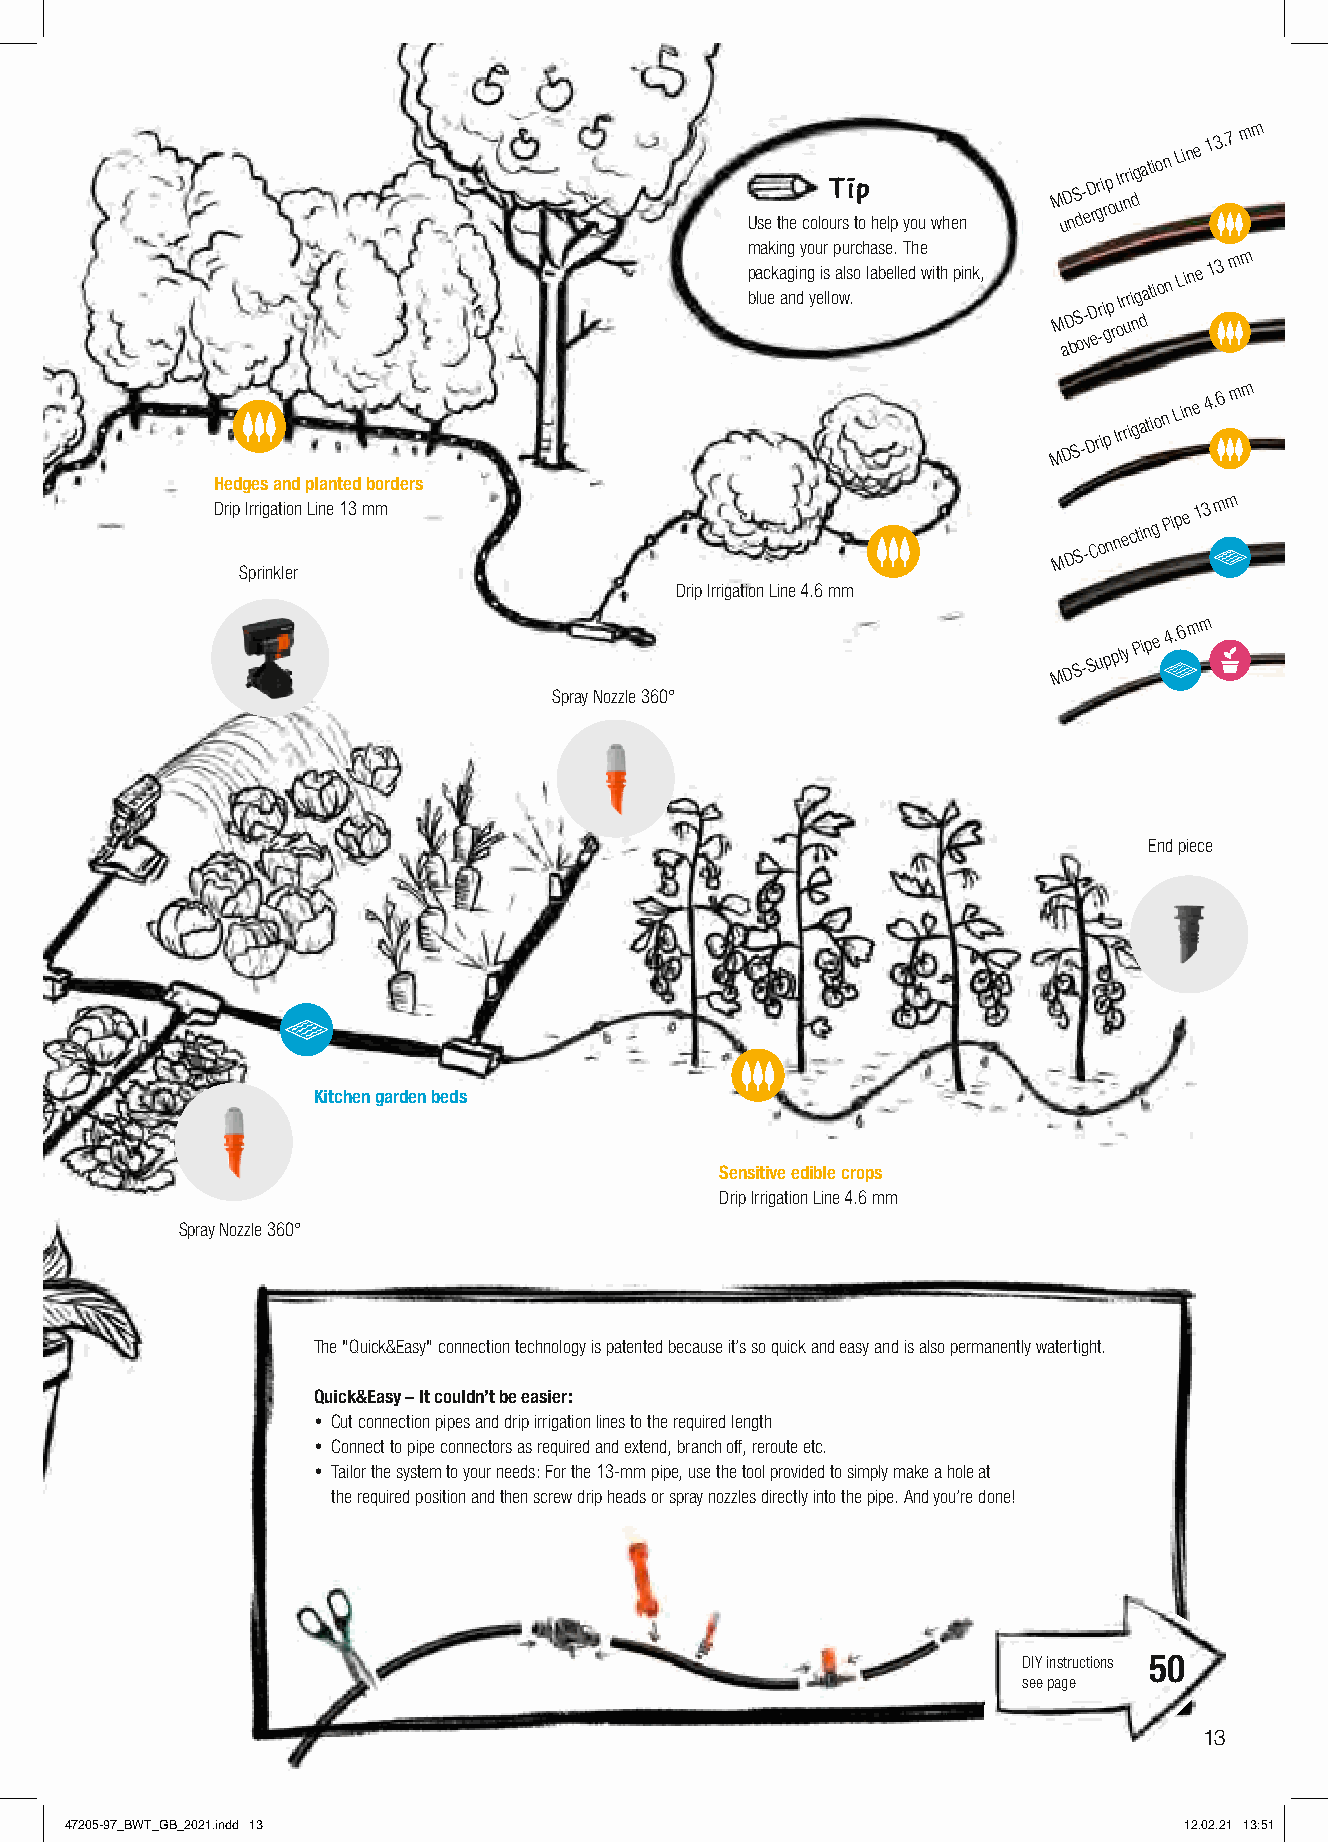
Use the col
 oT ursi tp
 o help you when
 M uD nS d- eD rr gi rp
 o
 I ur nri dg
 atio n
 Lin e 1
 3.7 m m
 m
 p ba
 lua
 c
 ek
 k
 i an agg
 ni
 dny go
 y
 u eisr
 ll
 op
 a
 wu
 ls
 .r oc h laa bs ee l.
 l
 eT dh e
 w ith pink,
 M aD bS o- vD er -i gp
 r
 I or uri ng
 datio n
 Lin e 1 3 m m
 M D
 S-Drip
 Irrig
 atio n
 Lin e
 4.6 m m
 Hedges and planted borders
 Drip Irrigation Line 13 mm
 M D
 S-C o n n e
 ctin g
 Pip e 1 3 m m
 Sprinkler
 Drip Irrigation Line 4.6 mm
 M D
 S-S u p
 ply
 Pip e
 4.6 m m
 Spray Nozzle 360°
 End piece
 Kitchen garden beds
 Sensitive edible crops
 Drip Irrigation Line 4.6 mm
 SSpprraayy NNoozzzzllee 336600°°
 The "Quick&Easy" connection technology is patented because it’s so quick and easy and is also permanently watertight.
 Quick&Easy – It couldn’t be easier:
 • Cut connection pipes and drip irrigation lines to the required length
 • Connect to pipe connectors as required and extend, branch off, reroute etc.
 • Tailor the system to your needs: For the 13-mm pipe, use the tool provided to simply make a hole at
 the required position and then screw drip heads or spray nozzles directly into the pipe. And you’re done!
 DIY instructions 50
 see page
 13
 47205-97_BWT_GB_2021.indd 13                                              12.02.21 13:51